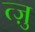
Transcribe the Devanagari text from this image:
त्ज़ु